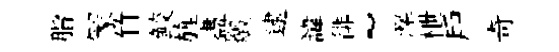
脂冡竹鲛旌盡燬逮諱徘~灤枻戶奇